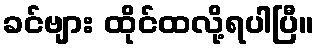
ခင်ဗျား ထိုင်ထလို့ရပါပြီ။